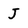
Character: J